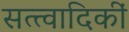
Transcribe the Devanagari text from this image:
सत्त्वादिकीं